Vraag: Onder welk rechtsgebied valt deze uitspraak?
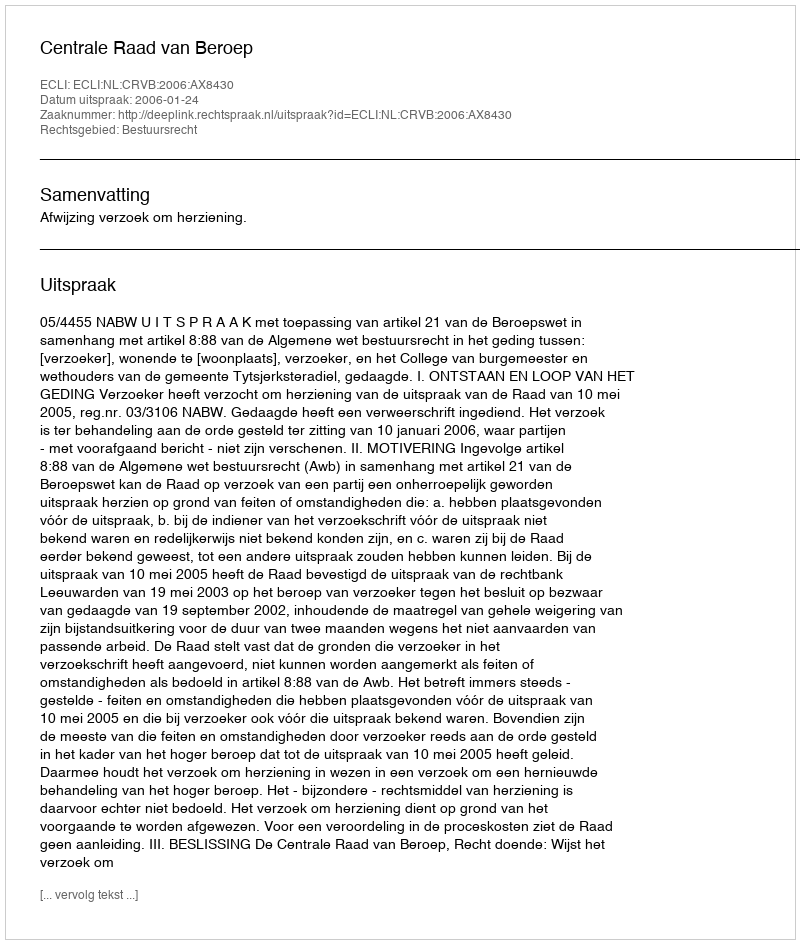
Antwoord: Bestuursrecht